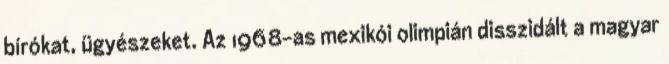
bírókat, ügyészeket. Az 1968-as mexikói olimpián disszidált a magyar